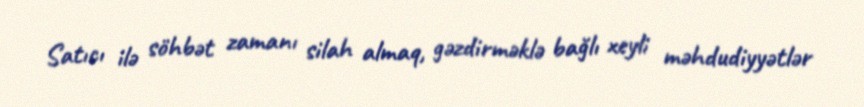
Satıcı ilə söhbət zamanı silah almaq, gəzdirməklə bağlı xeyli məhdudiyyətlər